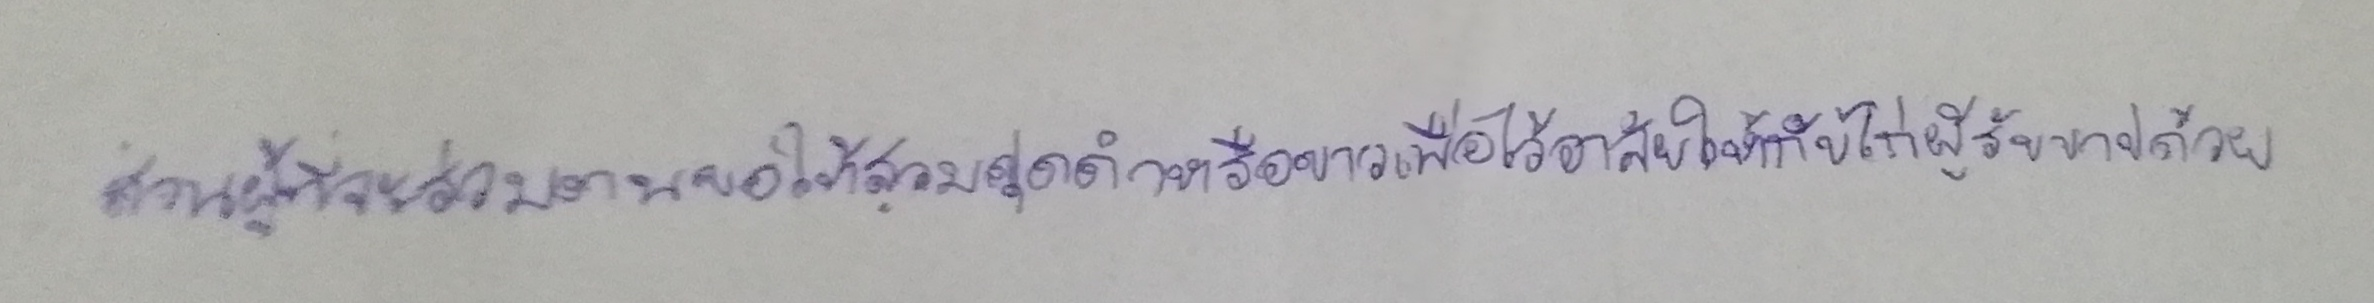
ส่วนผู้ที่จะไปร่วมงานขอให้สวมชุดดำหรือขาวเพื่อไว้อาลัยให้กับไก่ผู้รับบาปด้วย